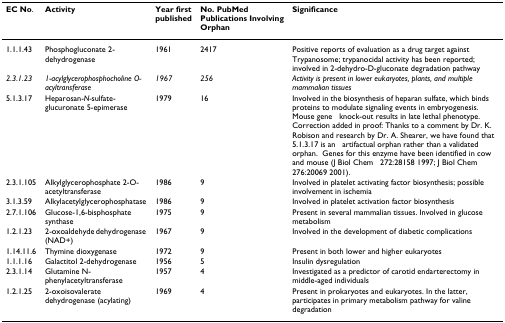
<table><thead><tr><td><b>EC No.</b></td><td><b>Activity</b></td><td><b>Year first published</b></td><td><b>No. PubMed Publications Involving Orphan</b></td><td><b>Significance</b></td></tr></thead><tbody><tr><td>1.1.1.43</td><td>Phosphogluconate 2-dehydrogenase</td><td>1961</td><td>2417</td><td>Positive reports of evaluation as a drug target against Trypanosome; trypanocidal activity has been reported; involved in 2-dehydro-D-gluconate degradation pathway</td></tr><tr><td><i>2.3.1.23</i></td><td><i>1-acylglycerophosphocholine O-acyltransferase</i></td><td><i>1967</i></td><td><i>256</i></td><td><i>Activity is present in lower eukaryotes, plants, and multiple mammalian tissues</i></td></tr><tr><td>5.1.3.17</td><td>Heparosan-<i>N-</i>sulfate-glucuronate 5-epimerase</td><td>1979</td><td>16</td><td>Involved in the biosynthesis of heparan sulfate, which binds proteins to modulate signaling events in embryogenesis. Mouse geneknock-out results in late lethal phenotype.Correction added in proof: Thanks to a comment by Dr. K. Robison and research by Dr. A. Shearer, we have found that 5.1.3.17 is anartifactual orphan rather than a validated orphan.Genes for this enzyme have been identified in cow and mouse (J Biol Chem272:28158 1997; J Biol Chem 276:20069 2001).</td></tr><tr><td>2.3.1.105</td><td>Alkylglycerophosphate 2-O-acetyltransferase</td><td>1986</td><td>9</td><td>Involved in platelet activating factor biosynthesis; possible involvement in ischemia</td></tr><tr><td>3.1.3.59</td><td>Alkylacetylglycerophosphatase</td><td>1986</td><td>9</td><td>Involved in platelet activation factor biosynthesis</td></tr><tr><td>2.7.1.106</td><td>Glucose-1,6-bisphosphate synthase</td><td>1975</td><td>9</td><td>Present in several mammalian tissues. Involved in glucose metabolism</td></tr><tr><td>1.2.1.23</td><td>2-oxoaldehyde dehydrogenase (NAD+)</td><td>1967</td><td>9</td><td>Involved in the development of diabetic complications</td></tr><tr><td>1.14.11.6</td><td>Thymine dioxygenase</td><td>1972</td><td>9</td><td>Present in both lower and higher eukaryotes</td></tr><tr><td>1.1.1.16</td><td>Galactitol 2-dehydrogenase</td><td>1956</td><td>5</td><td>Insulin dysregulation</td></tr><tr><td>2.3.1.14</td><td>Glutamine N-phenylacetyltransferase</td><td>1957</td><td>4</td><td>Investigated as a predictor of carotid endarterectomy in middle-aged individuals</td></tr><tr><td>1.2.1.25</td><td>2-oxoisovalerate dehydrogenase (acylating)</td><td>1969</td><td>4</td><td>Present in prokaryotes and eukaryotes. In the latter, participates in primary metabolism pathway for valine degradation</td></tr></tbody></table>